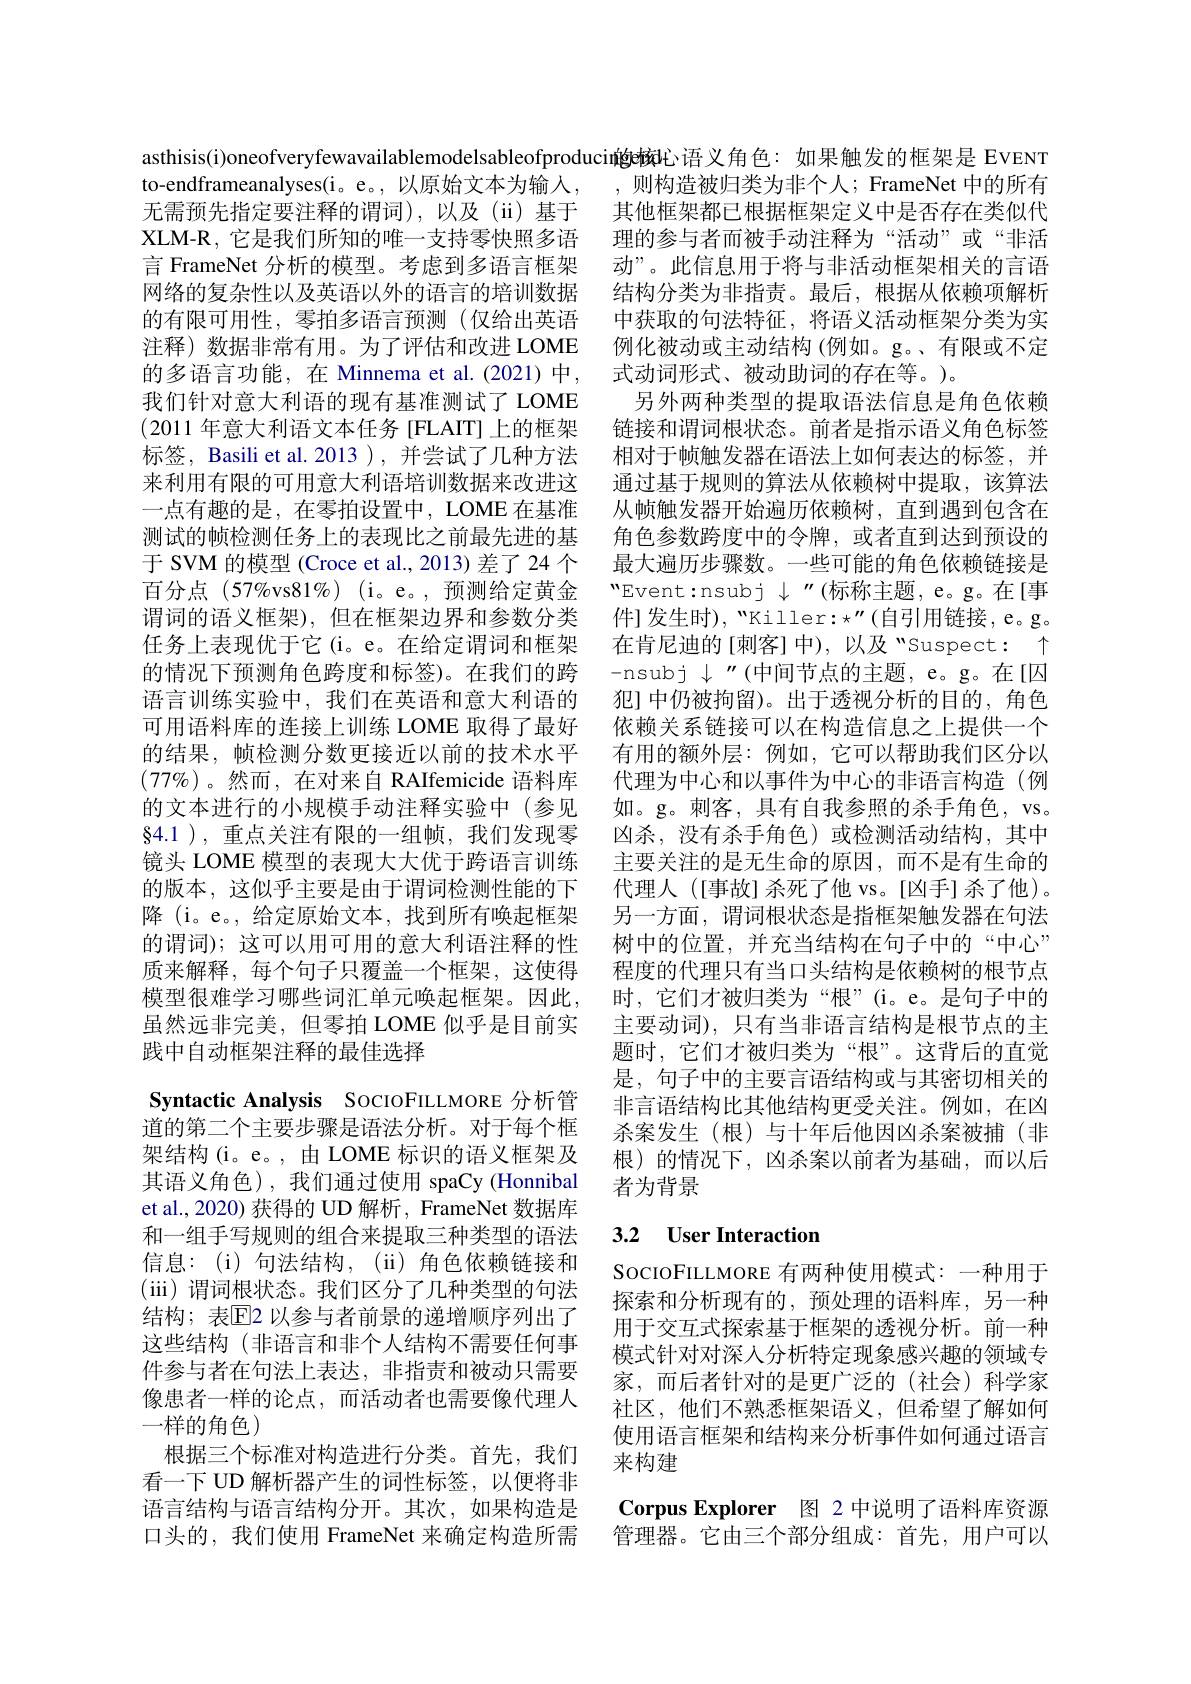
的多语言功能，在 Minnema et al.(2021)中， 我们针对意大利语的现有基准测试了 LOME (2011年意大利语文本任务 [FLAIT] 上的框架标签，Basili et al. 2013 ), 并尝试了几种方法来利用有限的可用意大利语培训数据来改进这一点有趣的是，在零拍设置中，LOME 在基准测试的帧检测任务上的表现比之前最先进的基于 SVM 的模型 (Croce et al., 2013) 差了 24 个百分点$(57\%$vs$81\% )$ (i。e。,预测给定黄金谓词的语义框架),但在框架边界和参数分类任务上表现优于它(i。e。在给定谓词和框架的情况下预测角色跨度和标签)。在我们的跨语言训练实验中，我们在英语和意大利语的可用语料库的连接上训练 LOME 取得了最好的结果，帧检测分数更接近以前的技术水平$(77\%)$。然而，在对来自 RAIfemicide 语料库的文本进行的小规模手动注释实验中(参见$\S 4. 1$ ) , $重 点 关 注 有 限 的 一 组 帧 , 我 们 发 现 零$ 镜头 LOME 模型的表现大大优于跨语言训练的版本，这似乎主要是由于谓词检测性能的下降 (i。e。, 给定原始文本，找到所有唤起框架的谓词); 这可以用可用的意大利语注释的性质来解释，每个句子只覆盖一个框架，这使得虽然远非完美，但零拍 LOME 似乎是目前实践中自动框架注释的最佳选择
Syntactic Analysis SocIOFILLMORE 分析管道的第二个主要步骤是语法分析。对于每个框架结构(i。e。,由 LOME 标识的语义框架及其语义角色),我们通过使用 spaCy(Honnibal et al., 2020) 获得的 UD 解析，FrameNet 数据库和一组手写规则的组合来提取三种类型的语法信息：(i) 句法结构，(ii) 角色依赖链接和(iii)谓词根状态。我们区分了几种类型的句法结构；表$\overline{\mathrm{E}}$2 以参与者前景的递增顺序列出了这些结构(非语言和非个人结构不需要任何事件参与者在句法上表达，非指责和被动只需要像患者一样的论点，而活动者也需要像代理人一样的角色)
根据三个标准对构造进行分类。首先，我们看一下 UD 解析器产生的词性标签，以便将非语言结构与语言结构分开。其次，如果构造是口头的，我们使用 FrameNet 来确定构造所需

asthisis(i)oneofveryfewavailablemodelsableofproducin的e核心语义角色：如果触发的框架是 EVENT to-endframeanalyses(i。e。, 以原始文本为输人，, 则构造被归类为非个人；FrameNet 中的所有无需预先指定要注释的谓词),以及(ii)基于 其他框架都已根据框架定义中是否存在类似代XLM-R,它是我们所知的唯一支持零快照多语 理的参与者而被手动注释为“活动”或“非活言 FrameNet 分析的模型。考虑到多语言框架 动”。此信息用于将与非活动框架相关的言语网络的复杂性以及英语以外的语言的培训数据 结构分类为非指责。最后，根据从依赖项解析的有限可用性，零拍多语言预测 (仅给出英语 中获取的句法特征，将语义活动框架分类为实注释)数据非常有用。为了评估和改进 LOME 例化被动或主动结构 (例如。g。、有限或不定
式动词形式、被动助词的存在等。)。
另外两种类型的提取语法信息是角色依赖链接和谓词根状态。前者是指示语义角色标签相对于帧触发器在语法上如何表达的标签，并通过基于规则的算法从依赖树中提取，该算法从帧触发器开始遍历依赖树，直到遇到包含在角色参数跨度中的令牌，或者直到达到预设的最大遍历步骤数。一些可能的角色依赖链接是"Event:nsubj $\downarrow$ "(标称主题，e。g。在[事件]发生时),“Killer$:\star^\prime\prime($自引用链接，e。g。在肯尼迪的[刺客] 中), 以及 "Suspect: $\uparrow$ -nsubj$\downarrow$"(中间节点的主题，e。g。在[囚犯] 中仍被拘留)。出于透视分析的目的，角色依赖关系链接可以在构造信息之上提供一个有用的额外层：例如，它可以帮助我们区分以代理为中心和以事件为中心的非语言构造(例如。g。刺客，具有自我参照的杀手角色，vs。凶杀，没有杀手角色)或检测活动结构，其中主要关注的是无生命的原因，而不是有生命的代理人([事故]杀死了他 vs。[凶手]杀了他)。另一方面，谓词根状态是指框架触发器在句法树中的位置，并充当结构在句子中的“中心” 程度的代理只有当口头结构是依赖树的根节点
模型很难学习哪些词汇单元唤起框架。因此，时，它们才被归类为“根”(i。e。是句子中的
主要动词),只有当非语言结构是根节点的主题时，它们才被归类为“根”。这背后的直觉是，句子中的主要言语结构或与其密切相关的非言语结构比其他结构更受关注。例如，在凶杀案发生(根)与十年后他因凶杀案被捕(非根)的情况下，凶杀案以前者为基础，而以后者为背景

## 3.2 $\textbf{User Interaction}$

SocIOFILLMORE 有两种使用模式：一种用于探索和分析现有的，预处理的语料库，另一种用于交互式探索基于框架的透视分析。前一种模式针对对深人分析特定现象感兴趣的领域专家，而后者针对的是更广泛的(社会)科学家社区，他们不熟悉框架语义，但希望了解如何使用语言框架和结构来分析事件如何通过语言来构建

Corpus Explorer 图 2 中说明了语料库资源管理器。它由三个部分组成：首先，用户可以